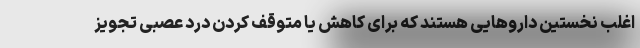
اغلب نخستین داروهایی هستند که برای کاهش یا متوقف کردن درد عصبی تجویز